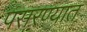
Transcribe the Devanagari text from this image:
पसरण्यात